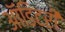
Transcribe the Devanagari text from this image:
ऑडिटरी